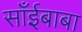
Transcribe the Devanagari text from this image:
साँईबाबा